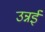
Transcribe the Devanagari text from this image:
उन्नई